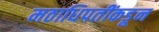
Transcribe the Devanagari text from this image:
मठाधिपतींकडून